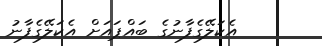
އެކަލޭގެފާނުގެ ބައްޕައަށް އެކަލޭގެފާނު